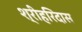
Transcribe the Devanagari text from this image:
श्रीहरिदास